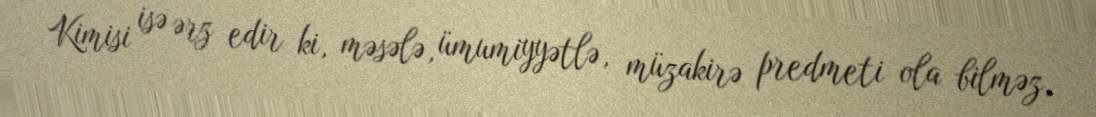
Kimisi isə ərz edir ki, məsələ, ümumiyyətlə, müzakirə predmeti ola bilməz,